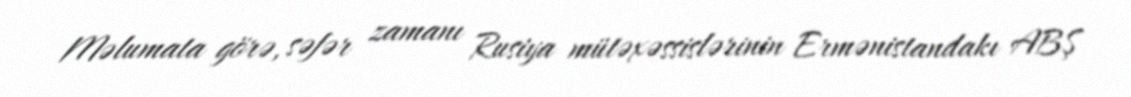
Məlumata görə, səfər zamanı Rusiya mütəxəssislərinin Ermənistandakı ABŞ